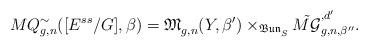
LaTeX: \begin{align*}MQ^{\sim}_{g,n}([E^{ss}/G],\beta)=\mathfrak{M}^{}_{g,n}(Y,\beta')\times_{\mathfrak{Bun}^{}_S} \tilde{M\mathcal{G}}^{,d'}_{g,n,{\beta''}}.\end{align*}